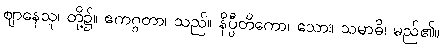
ဈာနေသု၊ တို့၌။ ဧကဂ္ဂတာ၊ သည်။ နိပ္ပီတိကော၊ သော။ သမာဓိ၊ မည်၏။